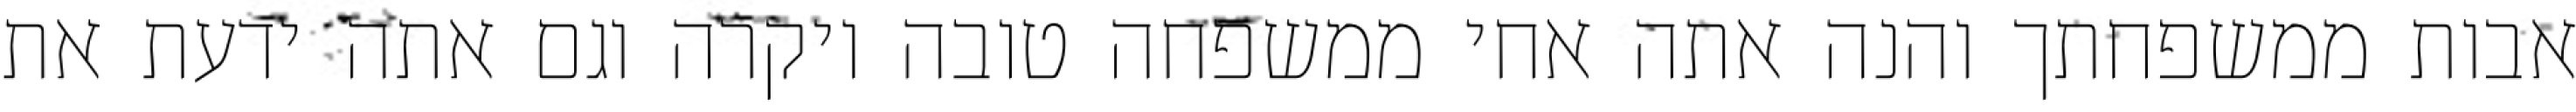
אבות ממשפחתך והנה אתה אחי ממשפחה טובה ויקרה וגם אתה ידעת את